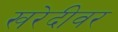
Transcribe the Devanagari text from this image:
खरेदीवर